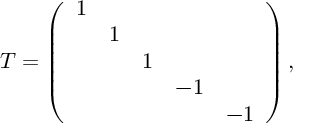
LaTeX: T = \left( \begin{array} { c c c c c } { { 1 } } & { { } } & { { } } & { { } } & { { } } \\ { { } } & { { 1 } } & { { } } & { { } } & { { } } \\ { { } } & { { } } & { { 1 } } & { { } } & { { } } \\ { { } } & { { } } & { { } } & { { - 1 } } & { { } } \\ { { } } & { { } } & { { } } & { { } } & { { - 1 } } \end{array} \right) ,